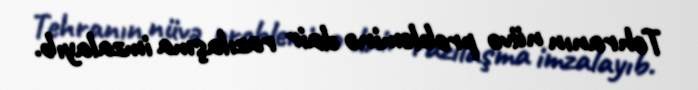
Tehranın nüvə probleminə dair razılaşma imzalayıb.